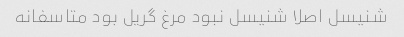
شنیسل اصلا شنیسل نبود مرغ گریل بود متاسفانه